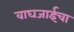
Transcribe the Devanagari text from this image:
वाघजाईचा